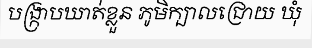
បង្ក្រាបឃាត់ខ្លួន ភូមិក្បាលជ្រោយ ឃុំ